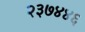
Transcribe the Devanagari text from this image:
२३७४४६